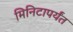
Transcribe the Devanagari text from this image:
मिनिटापर्यंत